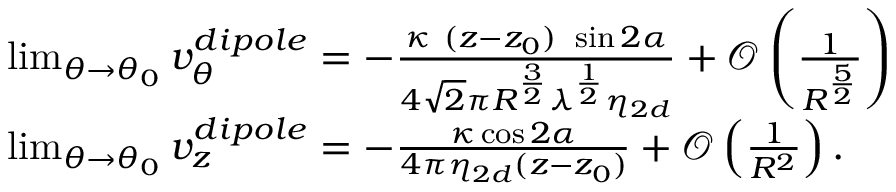
\begin{array} { r l } & { \operatorname* { l i m } _ { \theta \rightarrow \theta _ { 0 } } v _ { \theta } ^ { d i p o l e } = - \frac { \kappa ~ ( z - z _ { 0 } ) ~ \sin 2 \alpha } { 4 \sqrt { 2 } \pi R ^ { \frac { 3 } { 2 } } \lambda ^ { \frac { 1 } { 2 } } \eta _ { 2 d } } + \mathcal { O } \left( \frac { 1 } { R ^ { \frac { 5 } { 2 } } } \right) } \\ & { \operatorname* { l i m } _ { \theta \rightarrow \theta _ { 0 } } v _ { z } ^ { d i p o l e } = - \frac { \kappa \cos 2 \alpha } { 4 \pi \eta _ { 2 d } ( z - z _ { 0 } ) } + \mathcal { O } \left( \frac { 1 } { R ^ { 2 } } \right) . } \end{array}